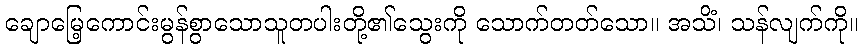
ချောမြေ့ကောင်းမွန်စွာသောသူတပါးတို့၏သွေးကို သောက်တတ်သော။ အသိံ၊ သန်လျက်ကို။